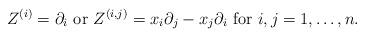
LaTeX: \begin{align*}Z^{(i)} =\partial_i \mbox{ or } Z^{(i,j)}= x_i \partial_j - x_j \partial_i \mbox{ for }i, j=1,\dots, n. \end{align*}